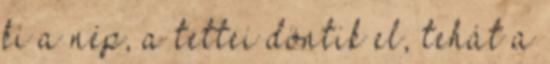
ki a nép, a tettei döntik el, tehát a